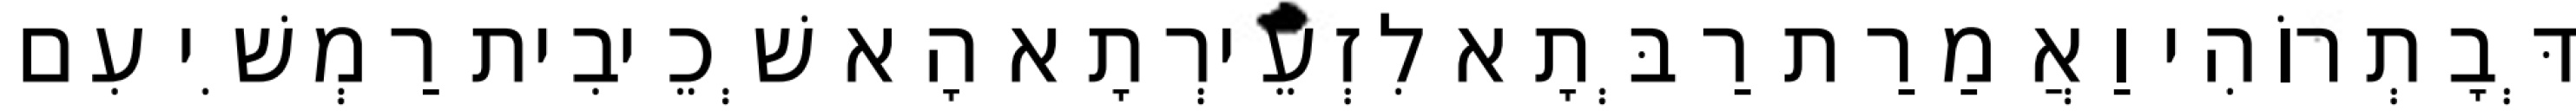
דְּבָתְרוֹהִי וַאֲמַרַת רַבְּתָא לִזְעֵירְתָא הָא שְׁכֵיבִית רַמְשִׁי עִם